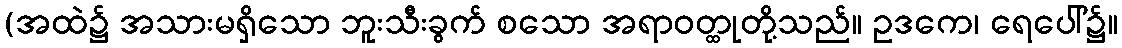
(အထဲ၌ အသားမရှိသော ဘူးသီးခွက် စသော အရာဝတ္ထုတို့သည်။ ဥဒကေ၊ ရေပေါ်၌။